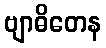
ဗျာဓိတေန